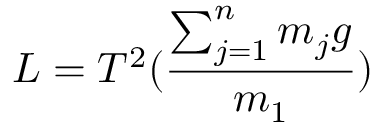
L = T ^ { 2 } ( \frac { \sum _ { j = 1 } ^ { n } m _ { j } g } { m _ { 1 } } )